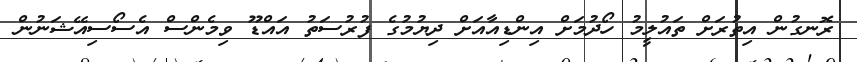
ރޮނގުން އިތުރަށް ތައުލީމު ހޯދުމަށް އިންޑިއާއަށް ދިޔުމުގެ ފުރުސަތު އައްޑޫ ވިމެންސް އެސޯސިއޭޝަނުން